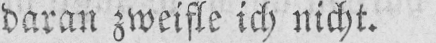
daran zweifle ich nicht.